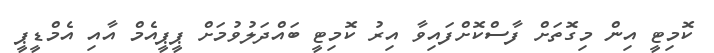
ކޮމިޓީ އިން މިގޮތަށް ފާސްކޮށްފައިވާ އިރު ކޮމިޓީ ބައްދަލުވުމަށް ޕީޕީއެމް އާއި އެމްޑީޕީ